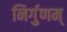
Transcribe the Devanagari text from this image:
निर्गुणम्